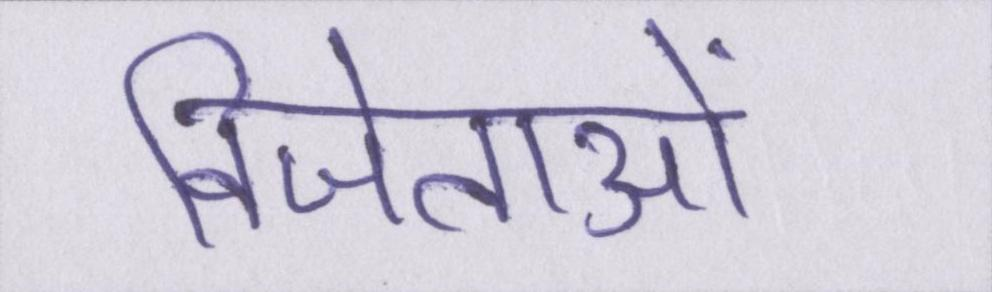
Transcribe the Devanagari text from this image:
विजेताओं